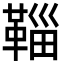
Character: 𩋝